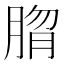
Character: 𰮱